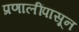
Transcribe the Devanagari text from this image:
प्रणालींपासून